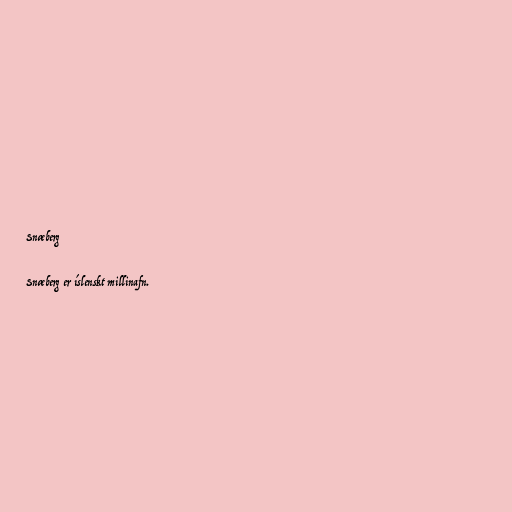
Snæberg

Snæberg er íslenskt millinafn.